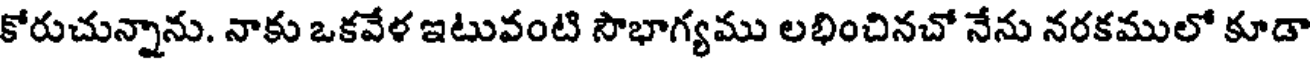
కోరుచున్నాను. నాకు ఒకవేళ ఇటువంటి సౌభాగ్యము లభించినచో నేను నరకములో కూడా